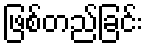
ဖြစ်တည်ခြင်း